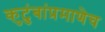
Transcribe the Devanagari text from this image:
कुटुंबांप्रमाणेच